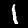
Digit: 1